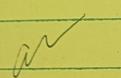
Signature authenticity: genuine